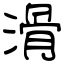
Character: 滑